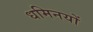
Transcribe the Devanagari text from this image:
धमिनयों